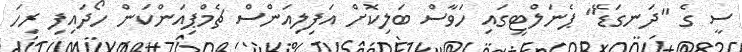
ސީ ގެ "ދަނގަޑޭ" ޕެނަލްޓީގައި ހަވާސް ބަލިކޮށް އަފިލިއަންސް ޗެމްޕިއަންކަން ހޯދައިފި ރިހަ